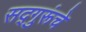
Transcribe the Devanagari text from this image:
सद्गुरूंचे